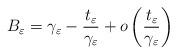
LaTeX: \begin{align*}B_\varepsilon=\gamma_\varepsilon-\frac{t_\varepsilon}{\gamma_\varepsilon}+o\left(\frac{t_\varepsilon}{\gamma_\varepsilon}\right)\end{align*}